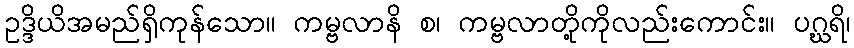
ဥဒ္ဒိယိအမည်ရှိကုန်သော။ ကမ္ဗလာနိ စ၊ ကမ္ဗလာတို့ကိုလည်းကောင်း။ ပဂ္ဃရိ၊